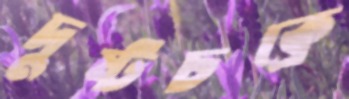
দুষ্টচক্রে